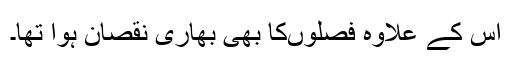
اس کے علاوہ فصلوںکا بھی بھاری نقصان ہوا تھا۔